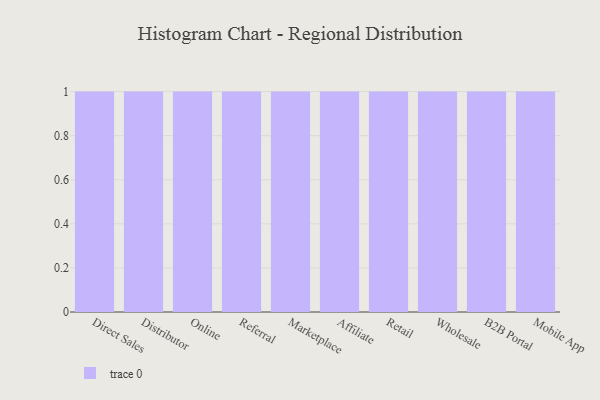
{"axis": {"x": "Channel", "y": "Humidity (%)"}, "legend": [""], "data": [{"x": "Direct Sales", "y": 73, "type": ""}, {"x": "Distributor", "y": 48, "type": ""}, {"x": "Online", "y": 16, "type": ""}, {"x": "Referral", "y": 100, "type": ""}, {"x": "Marketplace", "y": 25, "type": ""}, {"x": "Affiliate", "y": 87, "type": ""}, {"x": "Retail", "y": 70, "type": ""}, {"x": "Wholesale", "y": 46, "type": ""}, {"x": "B2B Portal", "y": 54, "type": ""}, {"x": "Mobile App", "y": 24, "type": ""}]}